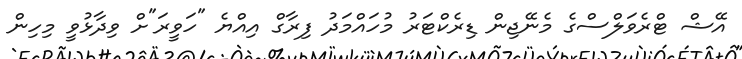
އޭޝް ޓްރެވަލްސްގެ މެނޭޖިން ޑިރެކްޓަރު މުހައްމަދު ފިރާގް އިއްޔެ "ހަވީރަ"ށް ވިދާޅުވީ މިހިން